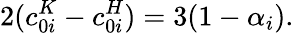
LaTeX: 2(c_{0i}^{K}-c_{0i}^{H})=3(1-\alpha_{i}).